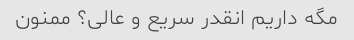
مگه داریم انقدر سریع و عالی؟ ممنون